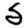
Digit: 5